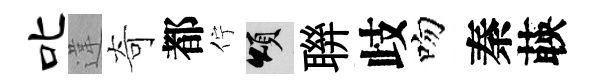
叱違奇都佇頌聨歧吻秦𦴤